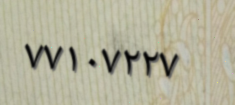
٧٧١٠٧٢٢٧